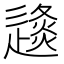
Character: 𨖤